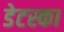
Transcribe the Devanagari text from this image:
डेटस्का